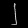
Digit: ၂